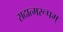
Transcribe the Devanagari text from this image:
सदात्मरूपम्